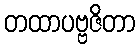
တထာပဗ္ဗဇိတာ